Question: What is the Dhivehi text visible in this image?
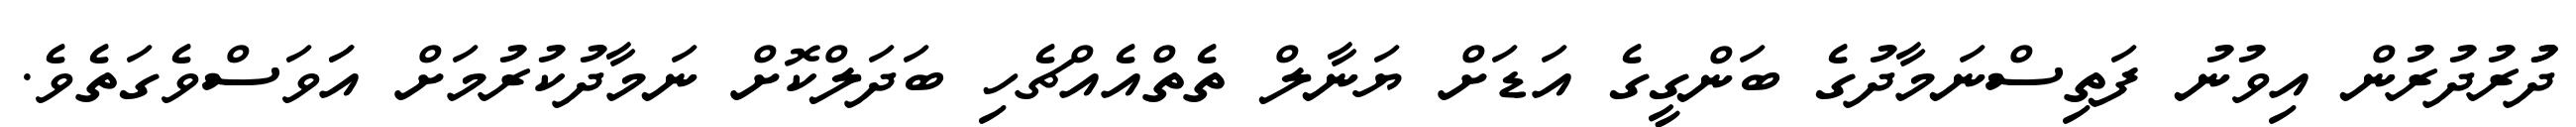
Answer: ދުުރުދުރުން އިވުނު ފަތިސްނަމާދުގެ ބަންގީގެ އަޑަށް ޔަނާލް ތެތްއެއްޗެހި ބަދަލްކޮށް ނަމާދުކުރުމަށް އަަވަސްވެގަތެވެ.